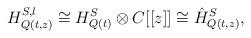
LaTeX: \begin{align*}H_{Q(t,z)}^{S,l} \cong H_{Q(t)}^{S} \otimes C[[z]] \cong\hat{H}_{Q(t,z)}^{S},\end{align*}